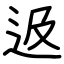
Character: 﨤